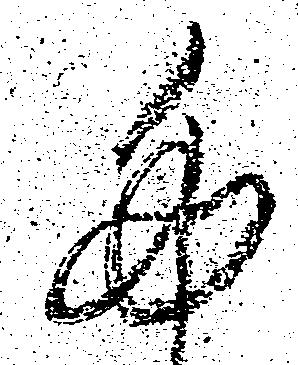
た